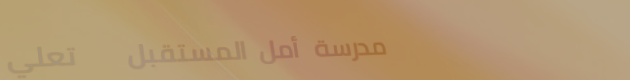
مدرسة أمل المستقبل   تعلي